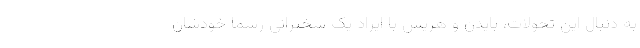
به دنبال این تحولات، بایدن و هریس با ایراد یک سخنرانی رسما خودشان